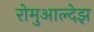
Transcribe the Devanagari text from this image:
रोमुआल्देझ